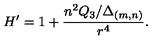
H ^ { \prime } = 1 + \frac { n ^ { 2 } Q _ { 3 } / \Delta _ { ( m , n ) } } { r ^ { 4 } } .